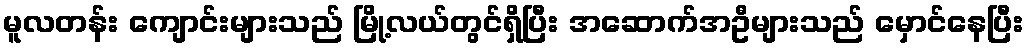
မူလတန်း ကျောင်းများသည် မြို့လယ်တွင်ရှိပြီး အဆောက်အဦများသည် မှောင်နေပြီး